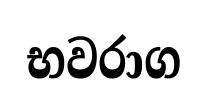
භවරාග